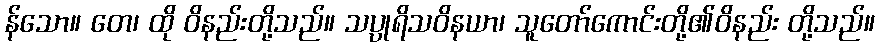
န်သော။ တေ၊ ထို ဝိနည်းတို့သည်။ သပ္ပုရိသဝိနယာ၊ သူတော်ကောင်းတို့၏ဝိနည်း တို့သည်။